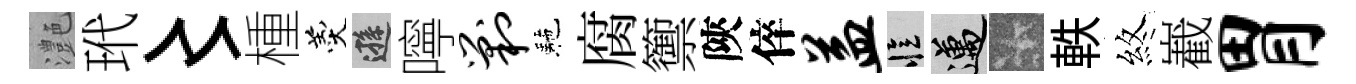
灔玳〻㮔羹遜嚀剿駰腐籞陝倅益忆邁卡軼煞嶻胃